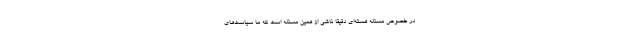
در خصوص مسئله هسته‌ای دقیقا ناشی از همین مسئله است که ما سیاست‌های